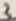
Text: 3